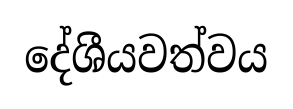
දේශීයවත්වය